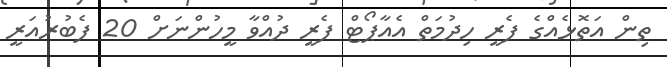
ތިން އަތޮޅެއްގެ ފެރީ ހިދުމަތް އެއާޕޯޓް ފެރީ ދުއްވާ މީހުންނަށް 20 ފެބުރުއަރީ